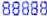
88888